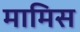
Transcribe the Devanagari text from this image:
मामिस